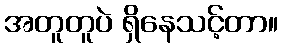
အတူတူပဲ ရှိနေသင့်တာ။